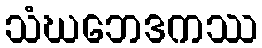
သံဃဘေဒကဿ